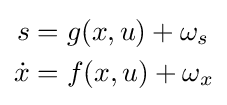
{\begin{aligned}s&=g(x,u)+\omega _{s}\\{\dot {x}}&=f(x,u)+\omega _{x}\end{aligned}}